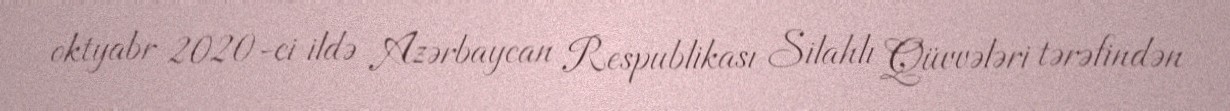
oktyabr 2020-ci ildə Azərbaycan Respublikası Silahlı Qüvvələri tərəfindən